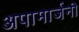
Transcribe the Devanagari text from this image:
अपामार्जनी